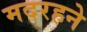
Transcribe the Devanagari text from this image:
मदरहने